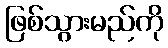
ဖြစ်သွားမည်ကို